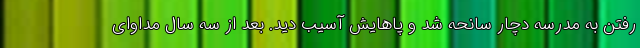
رفتن به مدرسه دچار سانحه شد و پاهایش آسیب دید. بعد از سه سال مداوای